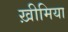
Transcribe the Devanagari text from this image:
ख़ीमिया